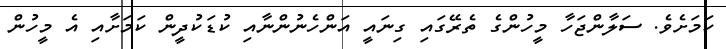
ކަމަށެވެ. ސަލާންޖަހާ މީހުންގެ ތެރޭގައި ގިނައީ އަންހެނުންނާއި ކުޑަކުދީން ކަމަށާއި އެ މީހުން